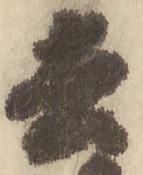
去